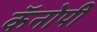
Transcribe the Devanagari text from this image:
कॅनोपी